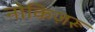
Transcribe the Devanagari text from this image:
नोकिज़रू